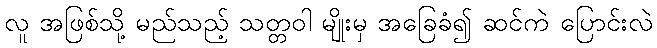
လူ အဖြစ်သို့ မည်သည့် သတ္တဝါ မျိုးမှ အခြေခံ၍ ဆင်ကဲ ပြောင်းလဲ